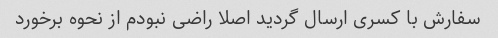
سفارش با کسری ارسال گردید اصلا راضی نبودم از نحوه برخورد